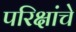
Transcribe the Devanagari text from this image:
परिक्षांचे